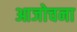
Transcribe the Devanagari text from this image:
आजोचना